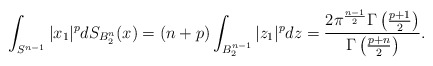
\begin{align*}\int_{S^{n-1}}|x_1|^p dS_{B_2^n}(x)=(n+p)\int_{B_2^{n-1}}|z_1|^pdz=\frac{2\pi^\frac{n-1}{2}\Gamma\left(\frac{p+1}{2}\right)}{\Gamma\left(\frac{p+n}{2}\right)}.\end{align*}